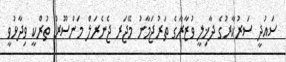
ސައުދީ ސަރުކާރުގެ ދާޚިލީ ވުޒާރާގެ ތަރުޖަމާނު މޭޖަރ ޖެނެރަލް މަންސޫރު ތުރްކީ ވިދާޅުވީ